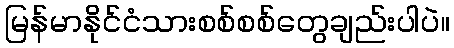
မြန်မာနိုင်ငံသားစစ်စစ်တွေချည်းပါပဲ။